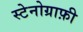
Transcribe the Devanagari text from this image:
स्टेनोग्राफ़ी